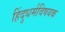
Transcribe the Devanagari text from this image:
हिंदुधर्मविषयक